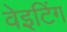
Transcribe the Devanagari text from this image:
वेइटिंग